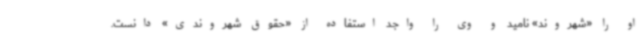
او را «شهروند» نامید و وی را واجد استفاده از «حقوق شهروندی» دانست.